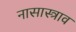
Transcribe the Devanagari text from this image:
नासास्त्राव